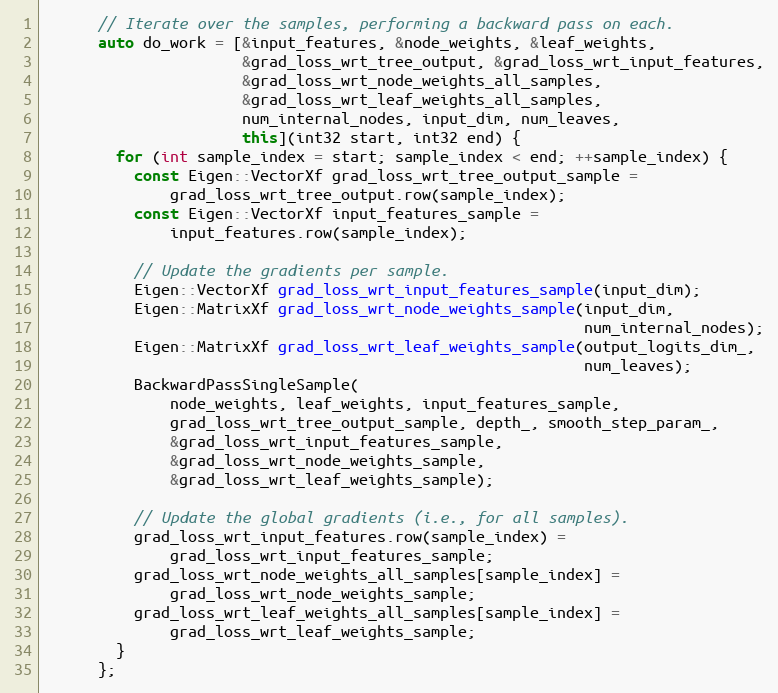
Language: C++
      // Iterate over the samples, performing a backward pass on each.
      auto do_work = [&input_features, &node_weights, &leaf_weights,
                      &grad_loss_wrt_tree_output, &grad_loss_wrt_input_features,
                      &grad_loss_wrt_node_weights_all_samples,
                      &grad_loss_wrt_leaf_weights_all_samples,
                      num_internal_nodes, input_dim, num_leaves,
                      this](int32 start, int32 end) {
        for (int sample_index = start; sample_index < end; ++sample_index) {
          const Eigen::VectorXf grad_loss_wrt_tree_output_sample =
              grad_loss_wrt_tree_output.row(sample_index);
          const Eigen::VectorXf input_features_sample =
              input_features.row(sample_index);

          // Update the gradients per sample.
          Eigen::VectorXf grad_loss_wrt_input_features_sample(input_dim);
          Eigen::MatrixXf grad_loss_wrt_node_weights_sample(input_dim,
                                                            num_internal_nodes);
          Eigen::MatrixXf grad_loss_wrt_leaf_weights_sample(output_logits_dim_,
                                                            num_leaves);
          BackwardPassSingleSample(
              node_weights, leaf_weights, input_features_sample,
              grad_loss_wrt_tree_output_sample, depth_, smooth_step_param_,
              &grad_loss_wrt_input_features_sample,
              &grad_loss_wrt_node_weights_sample,
              &grad_loss_wrt_leaf_weights_sample);

          // Update the global gradients (i.e., for all samples).
          grad_loss_wrt_input_features.row(sample_index) =
              grad_loss_wrt_input_features_sample;
          grad_loss_wrt_node_weights_all_samples[sample_index] =
              grad_loss_wrt_node_weights_sample;
          grad_loss_wrt_leaf_weights_all_samples[sample_index] =
              grad_loss_wrt_leaf_weights_sample;
        }
      };